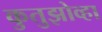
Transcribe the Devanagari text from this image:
कुतुझोव्हा